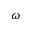
\omega